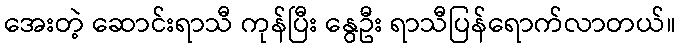
အေးတဲ့ ဆောင်းရာသီ ကုန်ပြီး နွေဦး ရာသီပြန်ရောက်လာတယ်။